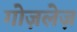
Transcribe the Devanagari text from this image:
गोज़लेज़